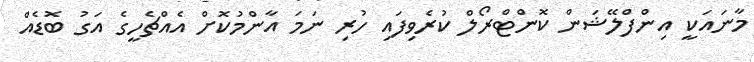
މާނައަކީ އިންފްލޭޝަން ކޮންޓްރޯލް ކުރެވިފައި ހުރި ނަމަ އާންމުކޮށް އެއްޗެހީގެ އަގު ބޮޑެއް